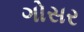
ગોસર